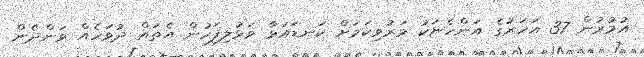
އުމުރުން 37 އަހަރުގެ އަންހެނަކު މަރުވިކަމަށް ކަނޑައަޅާ ވަޅުލިފަހުން އެތައް ދުވަހެއް ވަންދެން